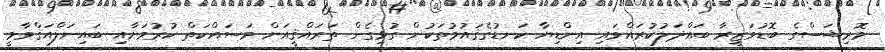
މޮރިޝަސްގެ ބޮޑުވަޒީރާ ބައްދަލުކުރައްވައި އިންޑިޔާ ކަނޑުގެޤައުމުތަކުން ގުޅިގެން ތަރައްޤީއަށް މަސައްކަތް ކުރުމަށާއި ބައިނަލްއަޤްވާމީ